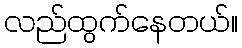
လည်ထွက်နေတယ်။